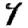
Digit: 4